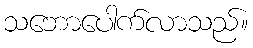
သဘောပေါက်လာသည်။